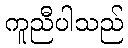
ကူညီပါသည်